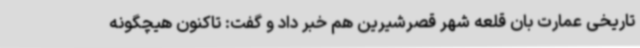
تاریخی عمارت بان قلعه شهر قصرشیرین هم خبر داد و گفت: تاکنون هیچگونه